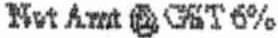
NET AMT @ GST6%